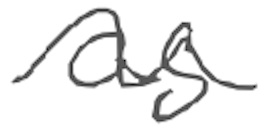
Text: as
Cross-out: wave
Writing tool: digital_gray